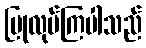
ပြုလုပ်ကြပါသည်